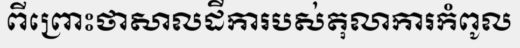
ពីព្រោះថាសាលដីការបស់តុលាការកំពូល